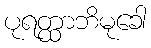
ပုရတ္ထာဘိမုခေါ